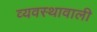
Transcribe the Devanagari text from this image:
व्यवस्थावाली